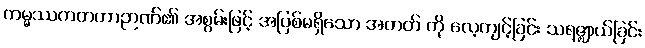
ကမ္မဿကတတာဉာဏ်၏ အစွမ်းဖြင့် အပြစ်မရှိသော အတတ် ကို လေ့ကျင့်ခြင်း သရဇ္ဈာယ်ခြင်း